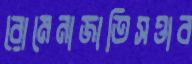
রোমেনাজাতিসত্তাব